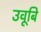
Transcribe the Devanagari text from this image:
उवूबि